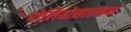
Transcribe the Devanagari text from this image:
पोलियोसारख्या